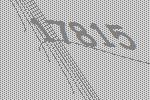
17815